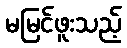
မမြင်ဖူးသည့်